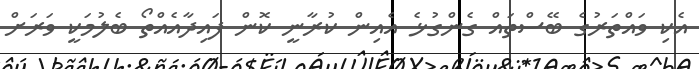
އެކި ވައްތަރުގެ ބޭސްތައް ގެންގުޅެ އެއިން ކުރާނީ ކޮން ފައިދާއެއްތޯ ބެލުމަކީ ވަރަށް